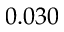
0 . 0 3 0